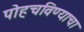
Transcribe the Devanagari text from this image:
पोहचविण्याचा